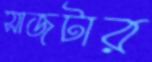
সাজটার